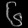
Digit: ၆